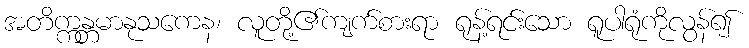
အတိက္ကန္တမာနုသကေန၊ လူတို့၏ကျက်စားရာ ရုန့်ရင်းသော ရူပါရုံကိုလွန်၍